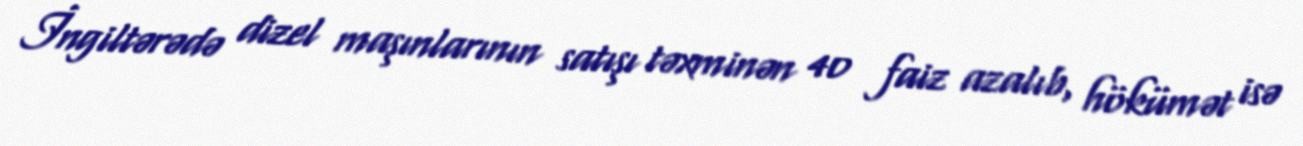
İngiltərədə dizel maşınlarının satışı təxminən 40 faiz azalıb, hökümət isə